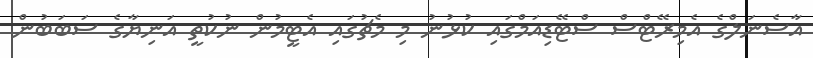
އާސެނަލްގެ އެމިރޭޓްސް ސްޓޭޑިއަމްގައި ކުޅުނު މި މެޗުގައި އެޓީމުން ނުކުތީ އަނިޔާގެ ސަބަބުން